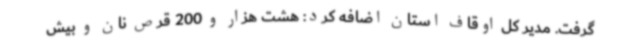
گرفت. مدیر کل اوقاف استان اضافه کرد: هشت هزار و 200 قرص نان و بیش